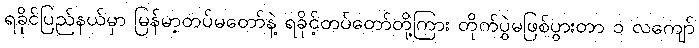
ရခိုင်ပြည်နယ်မှာ မြန်မာ့တပ်မတော်နဲ့ ရခိုင့်တပ်တော်တို့ကြား တိုက်ပွဲမဖြစ်ပွားတာ ၁ လကျော်